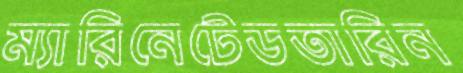
ম্যারিনেটেডতারিন